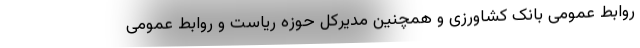
روابط عمومی بانک کشاورزی و همچنین مدیرکل حوزه ریاست و روابط عمومی